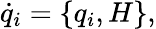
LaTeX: {\dot{q}}_{i}=\{ q_{i},H\} ,